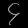
Digit: ၄